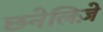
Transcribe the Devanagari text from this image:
छनेलिज़े